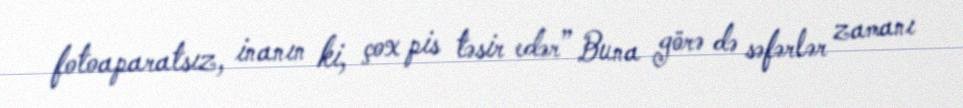
fotoaparatsız, inanın ki, çox pis təsir edər” Buna görə də səfərlər zamanı